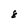
Character: 8